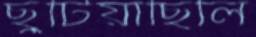
ছুটিয়াছিলি